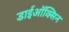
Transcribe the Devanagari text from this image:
डाईऑक्सिन